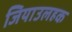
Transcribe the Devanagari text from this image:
जियाउलहक